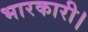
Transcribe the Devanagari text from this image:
भारकारी।